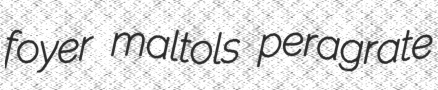
foyer maltols peragrate